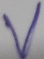
Text: V